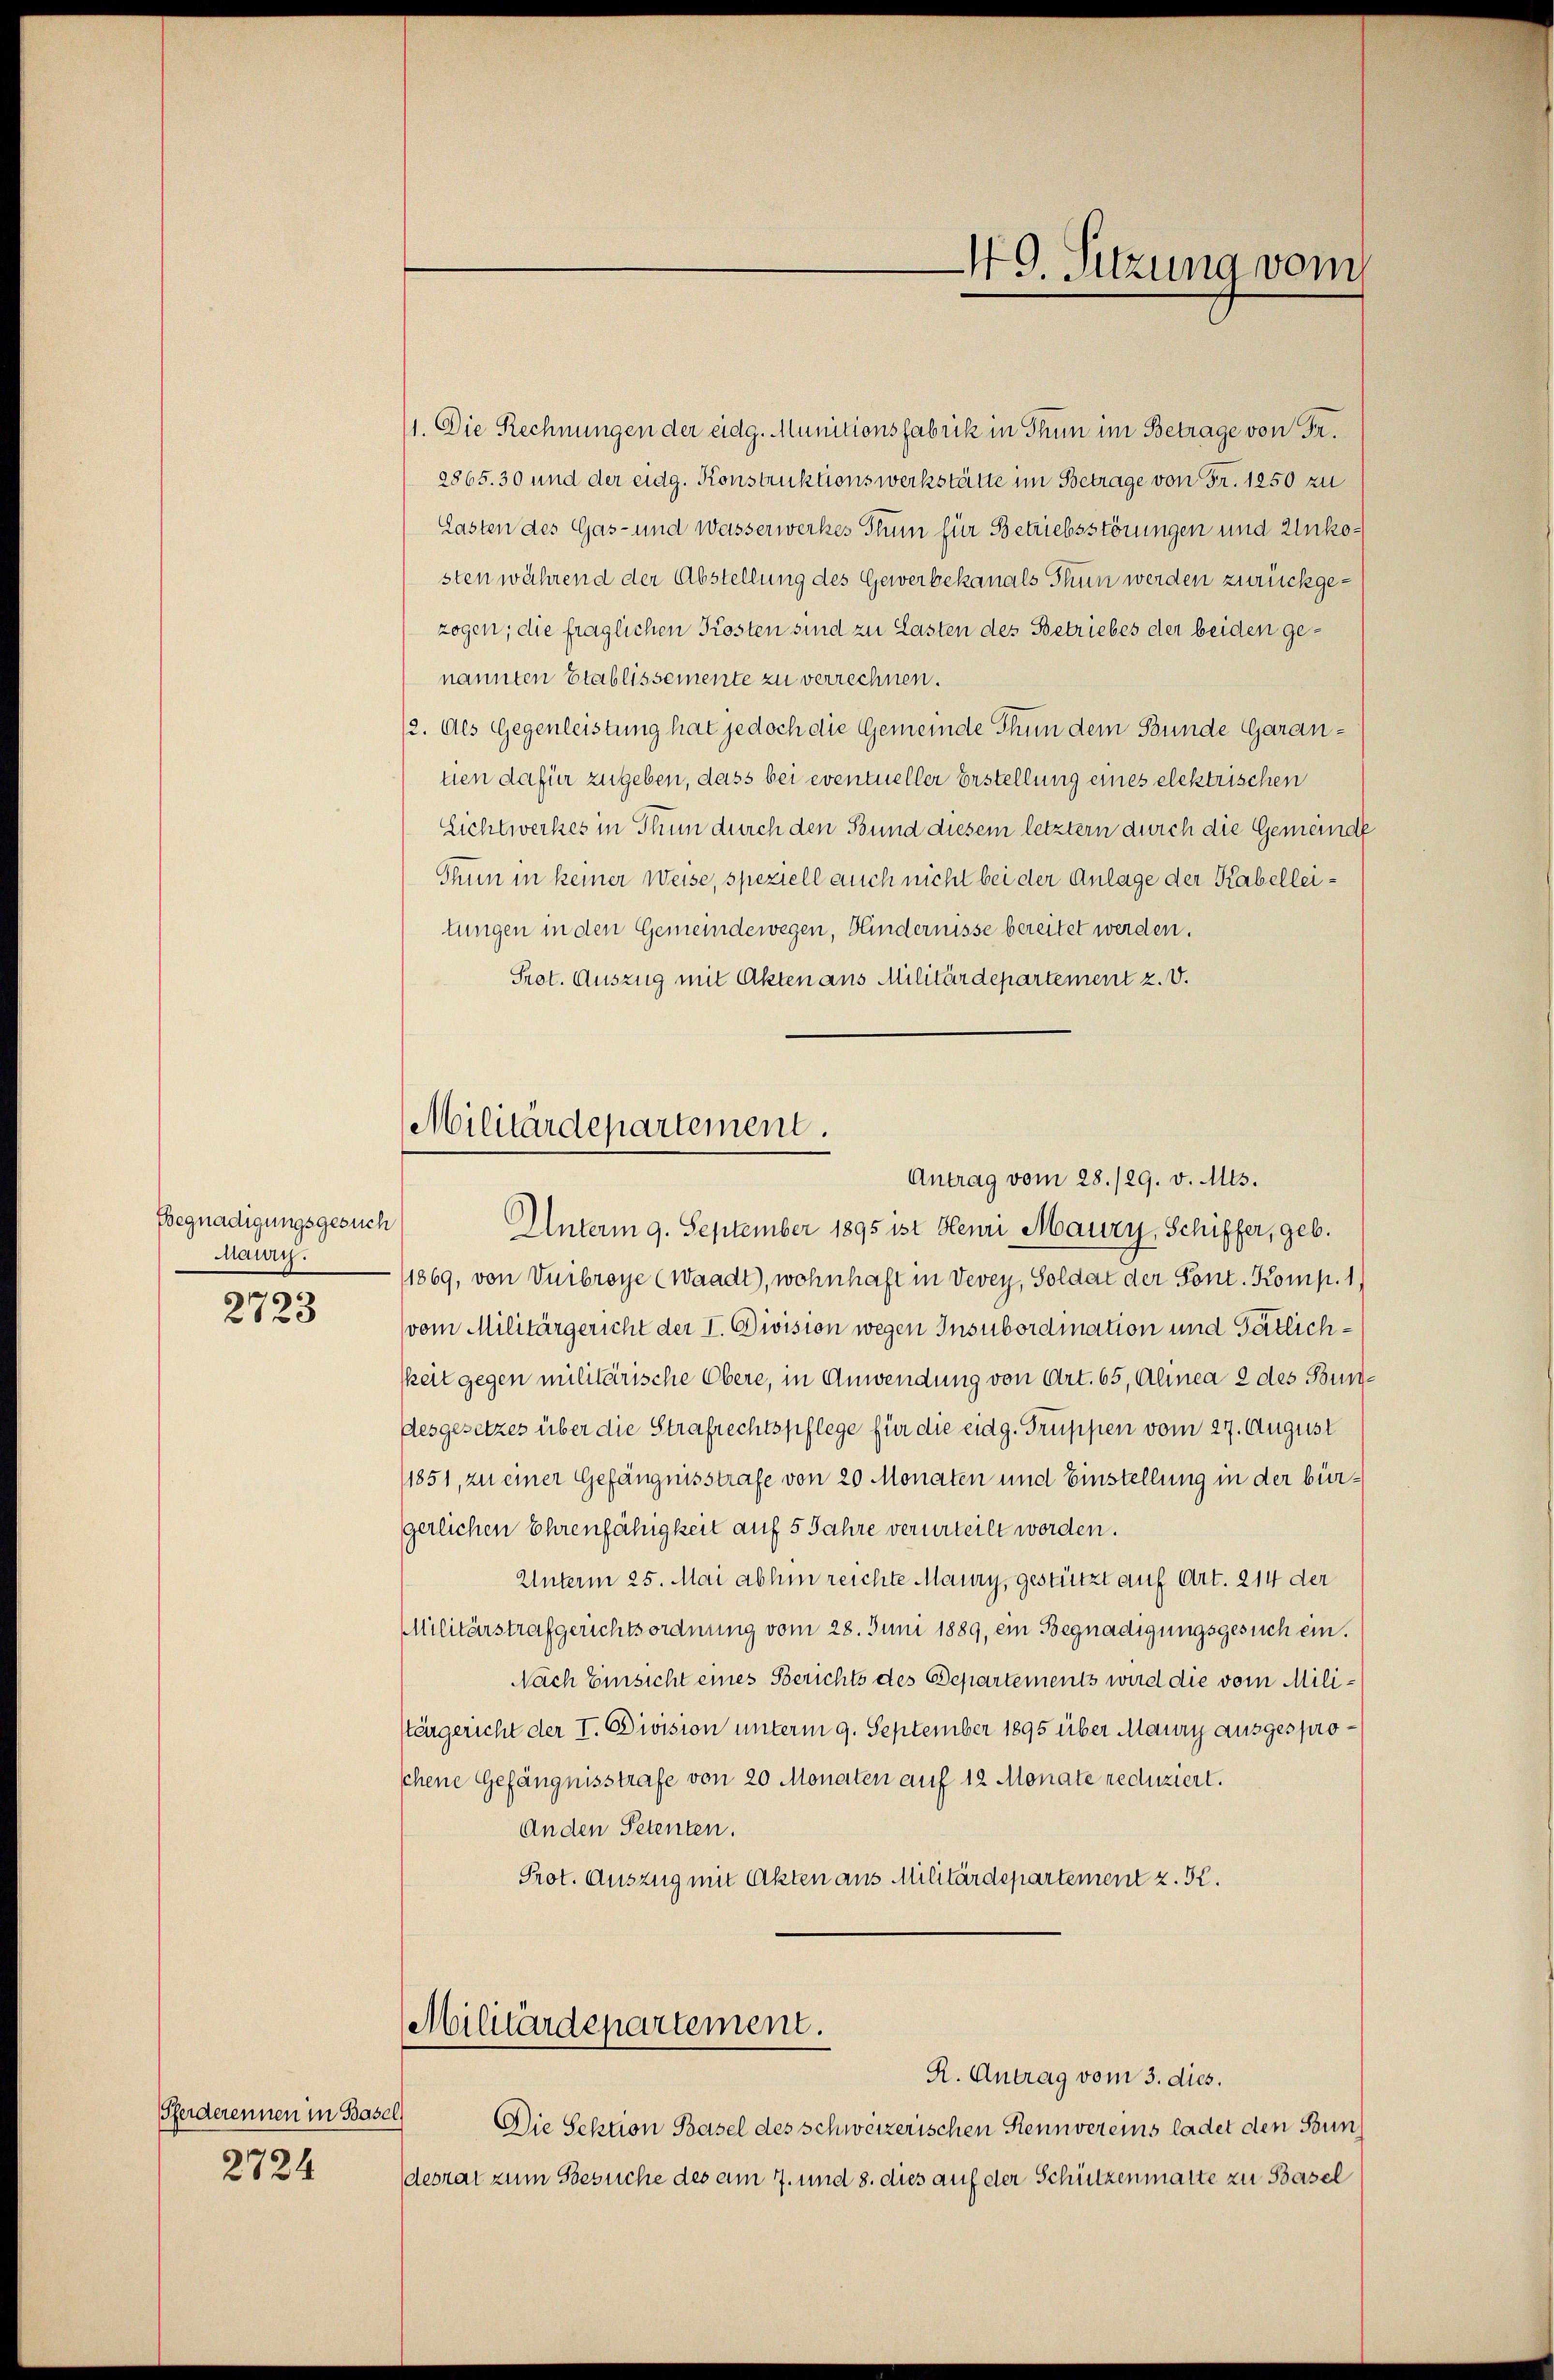
Begnadigungsgesuch
nau.

2723

Pferderennen in Basel
2724

Unterm 9. September 1895 ist Henri Maury, Schiffer, geb.
1869, von Vuibroye (Waadt), wohnhaft in Vevey, Soldat der Sont. Komp. 1
vom Militärgericht der I. Division wegen Insubordiation und Tätlichkeit gegen militärische Obere, in Anwendung von Art. 65, Alinea 2 des Bundesgesetzes über die Strafrechtspflege für die eidg. Truppen vom 27. August
1851, zu einer Gefängnisstrafe von 20 Monaten und Einstellung in der bürgerlichen Ehrenfähigkeit auf 5 Jahre verurteilt worden.
Unterm 25. Mai abhin reichte Maury, gestürzt auf Art. 214 der
Militärstrafgerichtsordnung vom 28. Juni 1889, ein Begnadigungsgesuch ein.
Nach Einsicht eines Berichts des Departements wird die vom Mili¬
Ktärgericht der I. Division unterm 9. September 1895 über Maury ausgesprochene Gefängnisstrafe von 20 Monaten auf 12 Monate reduziert.
An den Petenten.
Prot. Auszug mit Akten aus Militärdepartement z. K.

1. Die Rechnungen der eidg. Munitionsfabrik in Thun im Betrage von Fr.
2865. 30 und der eidg. Konstruktionswerkstätte im Betrage von Fr. 1250 zu
Lasten des Gas- und Wasserwerkes Thun für Betriebsstörungen und Unkosten während der Abstellung des Gewerbekanals Thun werden zurückgezogen; die fraglichen Kosten sind zu Lasten des Betriebes der beiden genannten Etablissemente zu verrechnen.
12. Als Gegenleistung hat jedoch die Gemeinde Thun dem Bunde Garantien dafür zugeben, dass bei eventueller Erstellung eines elektrischen
Lichtwerkes in Thun durch den Bund diesem letztern durch die Gemeinde
Thun in keiner Weise, speziell auch nicht bei der Anlage der Kabelleitungen in den Gemeindewegen, Hindernisse bereitet werden.
Prot. Auszug mit Akten aus Militärdepartement z. V.

49. Sitzung vom

Militärdepartement.
Antrag vom 28./29. v. Mts.

Militärdepartement.
R. Antrag vom 3. dies.

Die Sektion Basel des schweizerischen Rennvereins ladet den Stun
desrat zum Gesuche des am 7. und 8. dies auf der Schützenmatte zu Basel